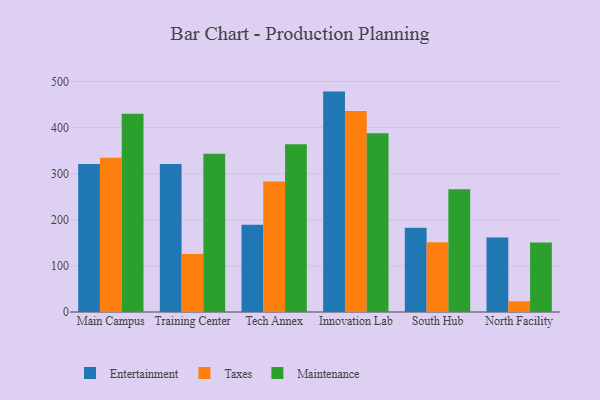
{"axis": {"x": "Campus", "y": "Production Output"}, "legend": ["Entertainment", "Maintenance", "Taxes"], "data": [{"x": "Main Campus", "y": 321.0, "type": "Entertainment"}, {"x": "Main Campus", "y": 334.5, "type": "Taxes"}, {"x": "Main Campus", "y": 429.8, "type": "Maintenance"}, {"x": "Training Center", "y": 321.1, "type": "Entertainment"}, {"x": "Training Center", "y": 125.5, "type": "Taxes"}, {"x": "Training Center", "y": 342.9, "type": "Maintenance"}, {"x": "Tech Annex", "y": 189.2, "type": "Entertainment"}, {"x": "Tech Annex", "y": 282.8, "type": "Taxes"}, {"x": "Tech Annex", "y": 364.0, "type": "Maintenance"}, {"x": "Innovation Lab", "y": 477.9, "type": "Entertainment"}, {"x": "Innovation Lab", "y": 436.0, "type": "Taxes"}, {"x": "Innovation Lab", "y": 387.7, "type": "Maintenance"}, {"x": "South Hub", "y": 182.9, "type": "Entertainment"}, {"x": "South Hub", "y": 151.5, "type": "Taxes"}, {"x": "South Hub", "y": 266.0, "type": "Maintenance"}, {"x": "North Facility", "y": 161.4, "type": "Entertainment"}, {"x": "North Facility", "y": 23.2, "type": "Taxes"}, {"x": "North Facility", "y": 150.6, "type": "Maintenance"}]}